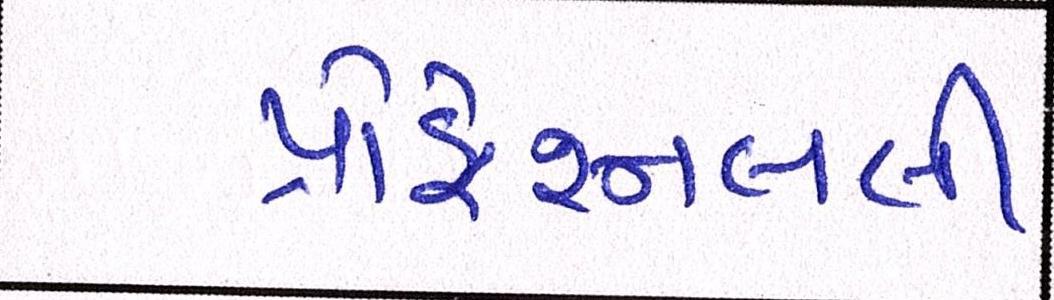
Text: પ્રોફેશનલી